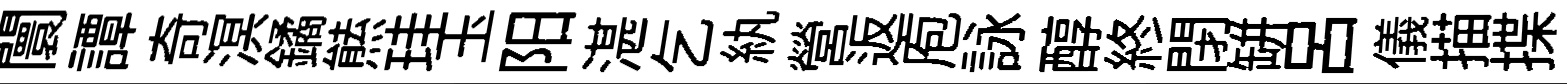
闤譚奇溟鐍㷱珪玉阳湛乞紈營返庖詠醇終閉缾呂儀描揲